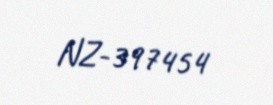
NZ-397454